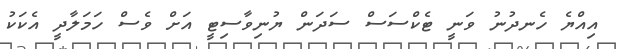
އިއްޔެ ހެނދުނު ވަނީ ޓެކްސަސް ސަދަން ޔުނިވާސިޓީ އަށް ވެސް ހަމަލާދީ އެކަކު